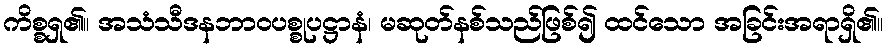
ကိစ္စရှ၏။ အသံသီဒနဘာဝပစ္စုပဋ္ဌာနံ၊ မဆုတ်နစ်သည်ဖြစ်၍ ထင်သော အခြင်းအရာရှိ၏။